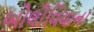
બોલીવિયાના